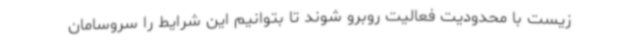
زیست با محدودیت فعالیت روبرو شوند تا بتوانیم این شرایط را سروسامان